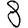
Digit: 8